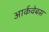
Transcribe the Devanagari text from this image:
आर्कवेबस